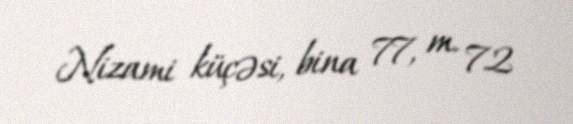
Nizami küçəsi, bina 77, m. 72